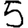
Digit: 5